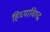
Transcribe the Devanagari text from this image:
हिच्याविरुद्ध